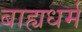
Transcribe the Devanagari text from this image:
बाह्यधर्म